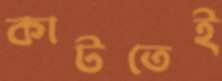
কাটতেই